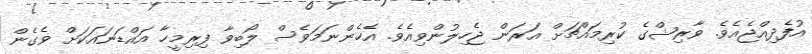
އުފެދިއްޖެއެވެ. ވާރިޝްގެ ކުރިމައްޗަށް އަރަން ޖެހިލުންވިއެވެ. އެހެންނަމަވެސް ލޯބިވާ ފިރިމީހާ އައްޑަނައަކަށް ވެގެން